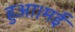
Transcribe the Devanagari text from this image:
हुआ।मई